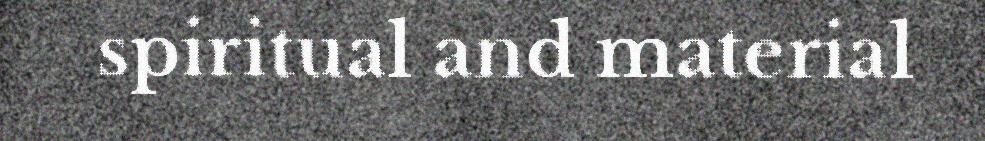
spiritual and material